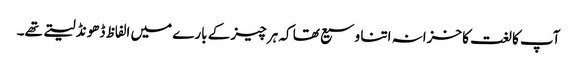
آپ کا لغت کا خزانہ اتنا وسیع تھا کہ ہر چیز کے بارے میں الفاظ ڈھونڈ لیتے تھے۔